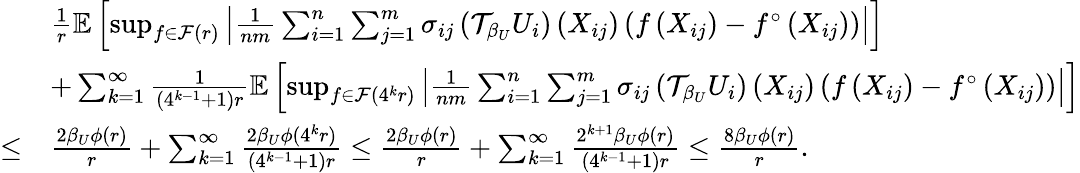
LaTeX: \begin{array}{rl}&{\frac{1}{r}\mathbb{E}\left[\operatorname*{sup}_{f\in\mathcal{F}(r)}\left|\frac{1}{nm}\sum_{i=1}^{n}\sum_{j=1}^{m}\sigma_{ij}\left(\mathcal{T}_{\beta_{U}}U_{i}\right)\left(X_{ij}\right)\left(f\left(X_{ij}\right)-f^{\circ}\left(X_{ij}\right)\right)\right|\right]}\\ &{+\sum_{k=1}^{\infty}\frac{1}{(4^{k-1}+1)r}\mathbb{E}\left[\operatorname*{sup}_{f\in\mathcal{F}(4^{k}r)}\left|\frac{1}{nm}\sum_{i=1}^{n}\sum_{j=1}^{m}\sigma_{ij}\left(\mathcal{T}_{\beta_{U}}U_{i}\right)\left(X_{ij}\right)\left(f\left(X_{ij}\right)-f^{\circ}\left(X_{ij}\right)\right)\right|\right]}\\ {\leq}&{\frac{2\beta_{U}\phi(r)}{r}+\sum_{k=1}^{\infty}\frac{2\beta_{U}\phi(4^{k}r)}{(4^{k-1}+1)r}\leq\frac{2\beta_{U}\phi(r)}{r}+\sum_{k=1}^{\infty}\frac{2^{k+1}\beta_{U}\phi(r)}{(4^{k-1}+1)r}\leq\frac{8\beta_{U}\phi(r)}{r}.}\end{array}